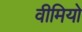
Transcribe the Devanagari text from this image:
वीमियो